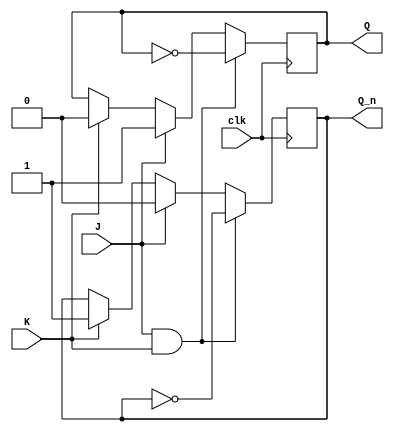
module jk_flipflop(
  input wire J, // set input
  input wire K, // reset input
  input wire clk, // clock input
  output reg Q, // output
  output reg Q_n // complement of Q
);

// Initialize Q and Q_n
initial begin
  Q = 1'b0;
  Q_n = 1'b1;
end

// Implement the behavior of JK flip-flop
always @(posedge clk) begin
  if(J & K) begin
    Q <= ~Q; // toggle Q
    Q_n <= ~Q_n; // toggle Q_n
  end
  else if(J) begin
    Q <= 1'b1; // set Q
    Q_n <= 1'b0; // reset Q_n
  end
  else if(K) begin
    Q <= 1'b0; // reset Q
    Q_n <= 1'b1; // set Q_n
  end
end

endmodule